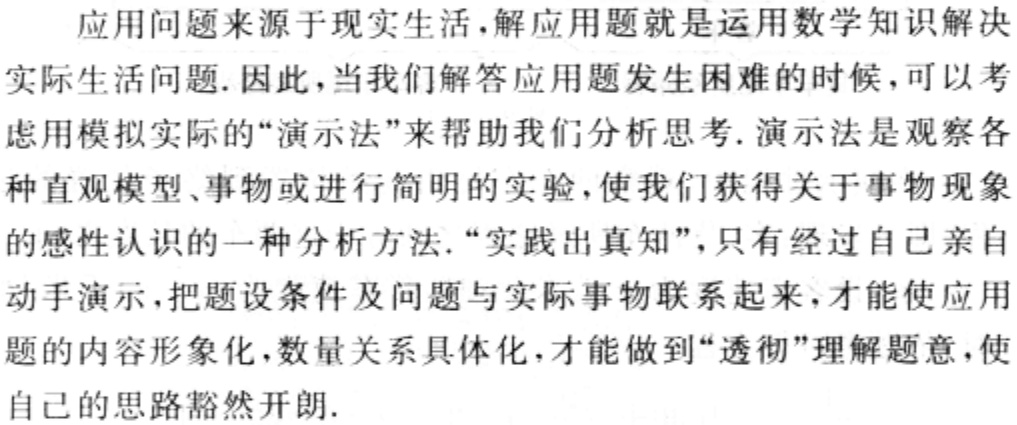
应用问题来源于现实生活，解应用题就是运用数学知识解决
实际生活问题. 因此，当我们解答应用题发生困难的时候，可以考
虑用模拟实际的“演示法”来帮助我们分析思考. 演示法是观察各
种直观模型、事物或进行简明的实验，使我们获得关于事物现象
的感性认识的一种分析方法. “实践出真知”，只有经过自己亲自
动手演示，把题设条件及问题与实际事物联系起来，才能使应用
题的内容形象化，数量关系具体化，才能做到“透彻”理解题意，使
自己的思路豁然开朗.